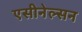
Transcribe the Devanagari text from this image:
एसीनेल्सन